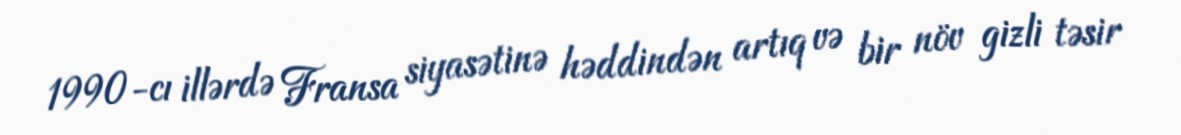
1990-cı illərdə Fransa siyasətinə həddindən artıq və bir növ gizli təsir